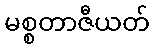
မစ္စတာဇီယတ်